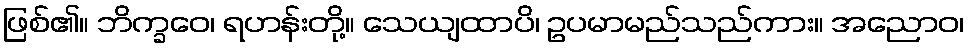
ဖြစ်၏။ ဘိက္ခဝေ၊ ရဟန်းတို့။ သေယျထာပိ၊ ဥပမာမည်သည်ကား။ အညောဝ၊